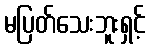
မပြတ်သေးဘူးရှင့်